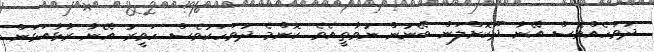
ދުވަހެއްވެސް އޭނާ ދޫކޮށްލަން ބޭނުން ނުވާތީއެވެ. ކޮންމެ ދުވަހަކުވެސް ހަވީރު އޭނާ ރާޅާއަޅަން